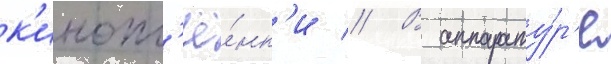
к'инопл'ё́нк'и // В аппарату́р'е